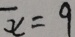
\overline { x } = 9